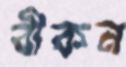
বীকন